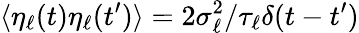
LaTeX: \langle\eta_{\ell}(t)\eta_{\ell}(t^{\prime})\rangle=2\sigma_{\ell}^{2}/\tau_{\ell}\delta(t-t^{\prime})